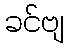
ခင်ဗျ